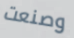
وصنعت